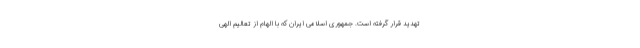
تهدید قرار گرفته است. جمهوری اسلامی ایران که با الهام از تعالیم الهی